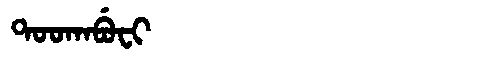
Manchu: ᡨᠣᠣᡴᠠᠪᡠᠸᡳ
Romanization: TOOKABUFI